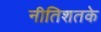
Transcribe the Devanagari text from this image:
नीतिशतके